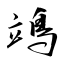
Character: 鴗